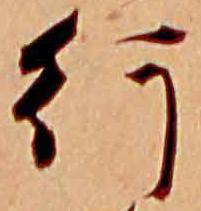
行